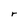
Character: r